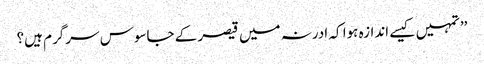
’’تمہیں کیسے اندازہ ہوا کہ ادرنہ میں قیصر کے جاسوس سرگرم ہیں؟